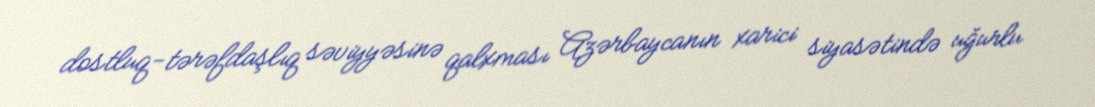
dostluq-tərəfdaşlıq səviyyəsinə qalxması Azərbaycanın xarici siyasətində uğurlu